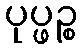
ပုပ္ဖဉ္စ